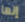
إنها